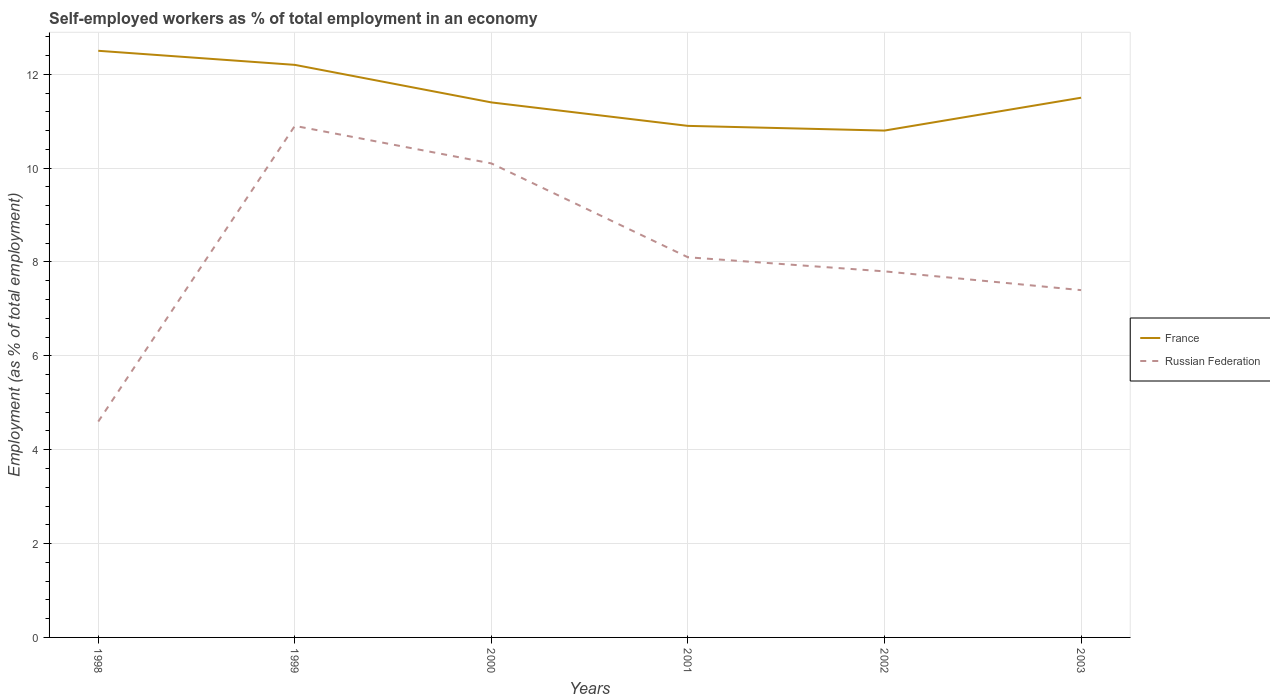
| Years | France | Russian Federation |
 | --- | --- | --- |
 | 1998 | 12.5 | 4.6 |
 | 1999 | 12.2 | 10.9 |
 | 2000 | 11.4 | 10.1 |
 | 2001 | 10.9 | 8.1 |
 | 2002 | 10.8 | 7.8 |
 | 2003 | 11.5 | 7.4 |